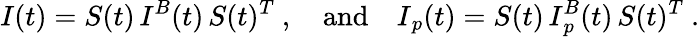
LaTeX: {\mathbf\cal I}(t)={\mathbf\cal S}(t)\, {\mathbf\cal I}^{B}(t)\, {\mathbf\cal S}(t)^{T}\ ,\quad\mathrm{and}\quad{\mathbf\cal I}_{p}(t)={\mathbf\cal S}(t)\, {\mathbf\cal I}_{p}^{B}(t)\, {\mathbf\cal S}(t)^{T}\ .